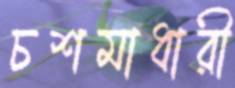
চশমাধারী